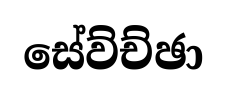
සේව්ච්ඡා